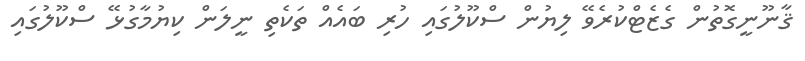
ޤާނޫނީގޮތުން ގެޒެޓްކުރެވޭ ލިޔުން ސްކޫލުގައި ހުރި ބައެއް ތަކެތި ނީލަން ކިޔުމާގުޅޭ ސްކޫލުގައި